Civil Veterinary Department ledger series I-VI
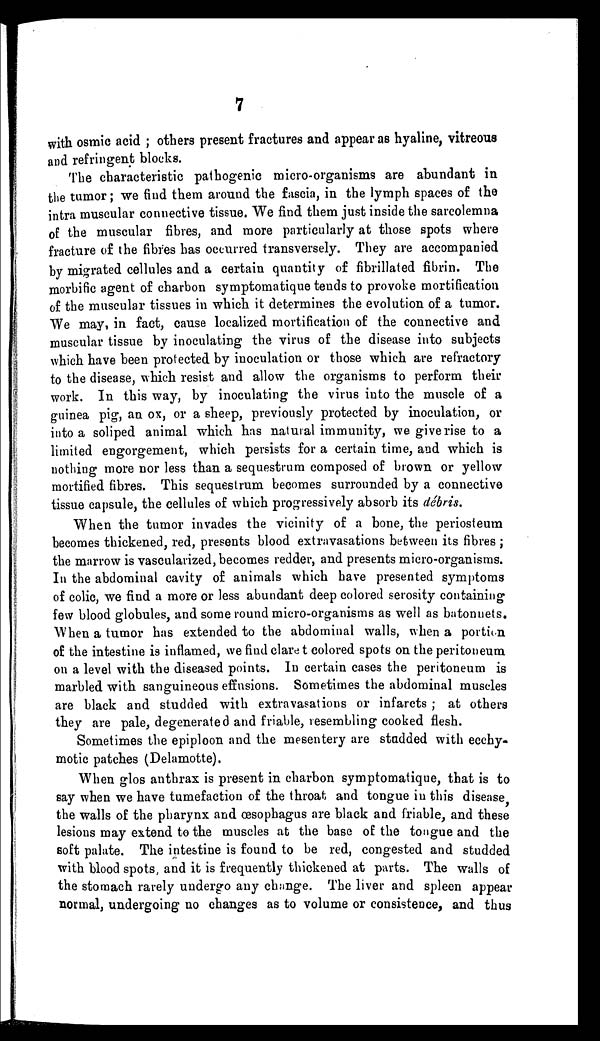
7
with osmic acid; others present fractures and appear as hyaline, vitreous
and refringent blocks.
The characteristic pathogenic micro-organisms are abundant in
the tumor; we find them around the fascia, in the lymph spaces of the
intra muscular connective tissue. We find them just inside the sarcolemna
of the muscular fibres, and more particularly at those spots where
fracture of the fibres has occurred transversely. They are accompanied
by migrated cellules and a certain quantity of fibrillated fibrin. The
morbific agent of charbon symptomatique tends to provoke mortification
of the muscular tissues in which it determines the evolution of a tumor.
We may, in fact, cause localized mortification of the connective and
muscular tissue by inoculating the virus of the disease into subjects
which have been protected by inoculation or those which are refractory
to the disease, which resist and allow the organisms to perform their
work. In this way, by inoculating the virus into the muscle of a
guinea pig, an ox, or a sheep, previously protected by inoculation, or
into a soliped animal which has natural immunity, we give rise to a
limited engorgement, which persists for a certain time, and which is
nothing more nor less than a sequestrum composed of brown or yellow
mortified fibres. This sequestrum becomes surrounded by a connective
tissue capsule, the cellules of which progressively absorb its débris.
When the tumor invades the vicinity of a bone, the periosteum
becomes thickened, red, presents blood extravasations between its fibres;
the marrow is vascularized, becomes redder, and presents micro-organisms.
In the abdominal cavity of animals which have presented symptoms
of colic, we find a more or less abundant deep colored serosity containing
few blood globules, and some round micro-organisms as well as batonnets.
When a tumor has extended to the abdominal walls, when a portion
of the intestine is inflamed, we find clare t colored spots on the peritoneum
on a level with the diseased points. In certain cases the peritoneum is
marbled with sanguineous effusions. Sometimes the abdominal muscles
are black and studded with extravasations or infarcts; at others
they are pale, degenerated and friable, resembling cooked flesh.
Sometimes the epiploon and the mesentery are studded with ecchy-
motic patches (Delamotte).
When glos anthrax is present in charbon symptomatique, that is to
say when we have tumefaction of the throat and tongue in this disease
the walls of the pharynx and œsophagus are black and friable, and these
lesions may extend to the muscles at the base of the tongue and the
soft palate. The intestine is found to be red, congested and studded
with blood spots, and it is frequently thickened at parts. The walls of
the stomach rarely undergo any change. The liver and spleen appear
normal, undergoing no changes as to volume or consistence, and thus